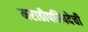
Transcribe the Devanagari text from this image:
मराठीपरिषदेची